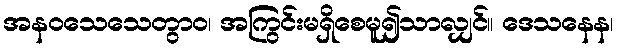
အနဝသေသေတွာဝ၊ အကြွင်းမရှိစေမူ၍သာလျှင်။ ဒေသနေန၊